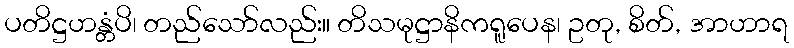
ပတိဋ္ဌဟန္တံပိ၊ တည်သော်လည်း။ တိသမုဋ္ဌာနိကရူပေန၊ ဥတု, စိတ်, အာဟာရ